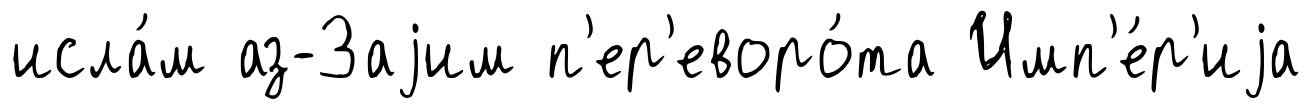
исла́м аз-Заjим п'ер'еворо́та Имп'е́р'иjа